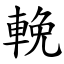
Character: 輓